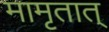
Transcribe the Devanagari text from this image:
मामृतात्